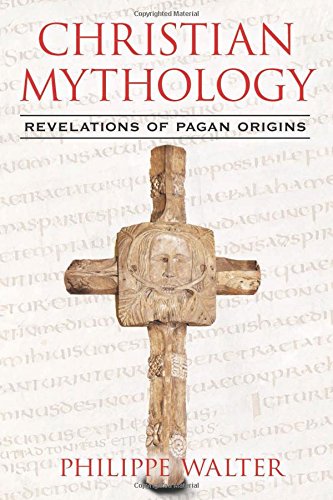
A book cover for Christian Mythology: Revelations of Pagan Origins; Philippe Walter; Religion & Spirituality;